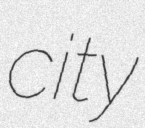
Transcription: city